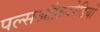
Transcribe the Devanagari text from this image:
पल्सऑफ़दरेडियो